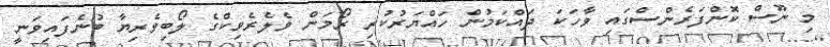
މި ނޫސް ކޮންފަރެންސްގައި ވާހަކަ ދައްކަމުން ހައްޔަރުކުރި ރޯމަން ވެލެރެވިކްގެ ލޯބިވެރިޔާ ބުނެފައިވަނީ